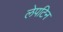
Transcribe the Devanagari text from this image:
लेपटिन